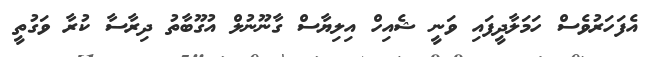
އެފަހަރުވެސް ހަމަލާދީފައި ވަނީ ޝެއިހް އިލިޔާސް ގާނޫނުލް އުގޫޫބާތު ދިރާސާ ކުރާ ވަގުތީ